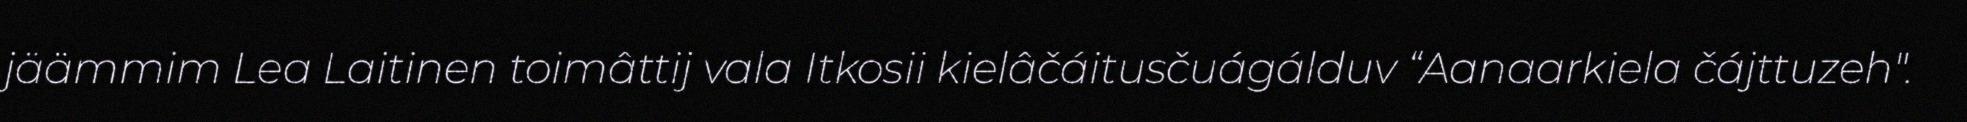
jäämmim Lea Laitinen toimâttij vala Itkosii kielâčáitusčuágálduv “Aanaarkiela čájttuzeh".